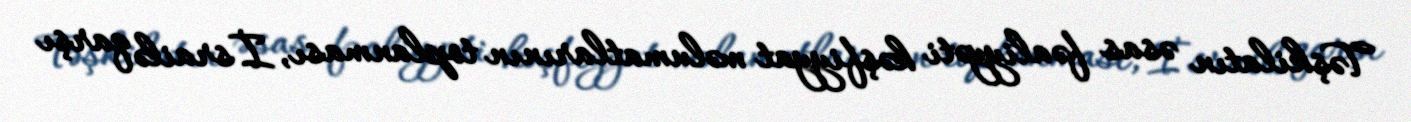
Təşkilatın əsas fəaliyyəti kəşfiyyat məlumatlarının toplanması, İsrailə qarşı